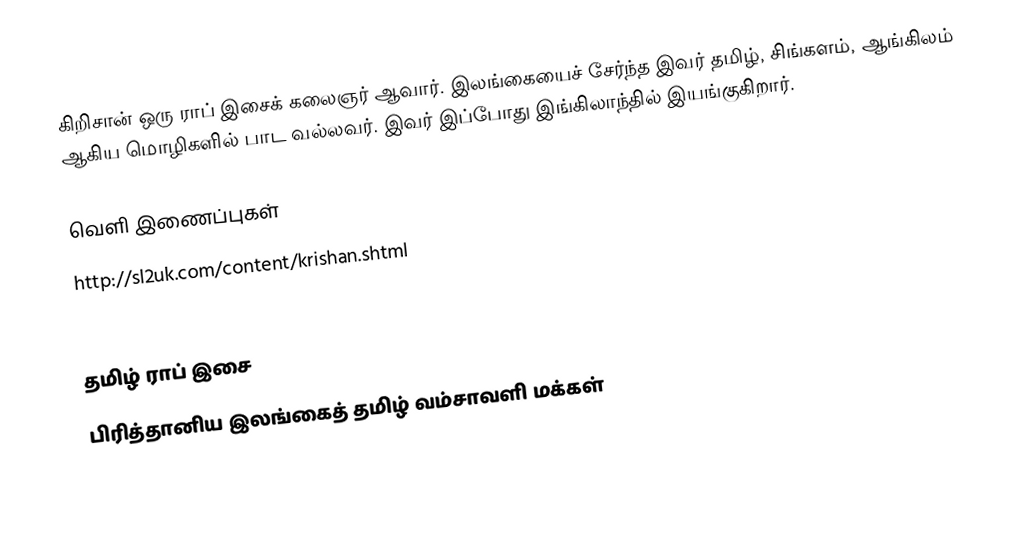
கிறிசான் ஒரு ராப் இசைக் கலைஞர் ஆவார்.  இலங்கையைச் சேர்ந்த இவர் தமிழ், சிங்களம், ஆங்கிலம் ஆகிய மொழிகளில் பாட வல்லவர்.  இவர் இப்போது இங்கிலாந்தில் இயங்குகிறார்.

வெளி இணைப்புகள்
 http://sl2uk.com/content/krishan.shtml
 Sinhala Jukebox Krishnan songs

தமிழ் ராப் இசை
பிரித்தானிய இலங்கைத் தமிழ் வம்சாவளி மக்கள்